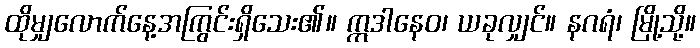
ထိုမျှလောက်နေ့အကြွင်းရှိသေး၏။ ဣဒါနေဝ၊ ယခုလျှင်။ နဂရံ၊ မြို့သို့။